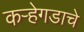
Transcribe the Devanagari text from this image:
कऱ्हेगडाचे